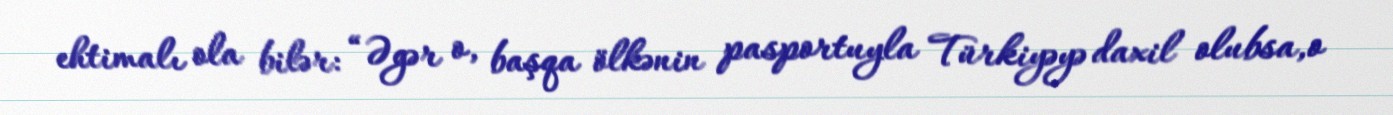
ehtimalı ola bilər: “Əgər o, başqa ölkənin pasportuyla Türkiyəyə daxil olubsa,o